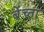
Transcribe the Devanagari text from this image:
बेंच्ता